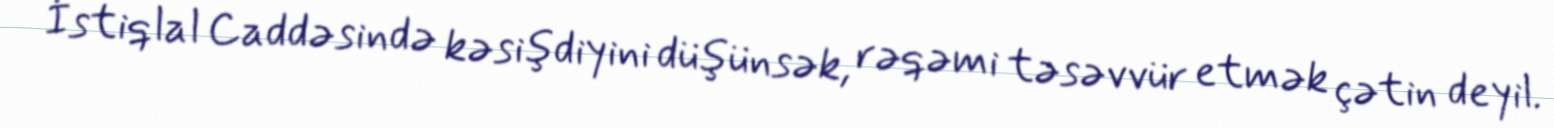
İstiqlal Caddəsində kəsişdiyini düşünsək, rəqəmi təsəvvür etmək çətin deyil.